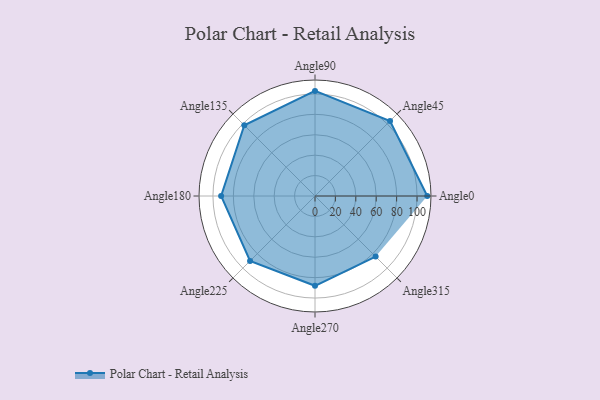
{"axis": {"x": "Angle", "y": "Radius"}, "legend": [""], "data": [{"x": "Angle0", "y": 110.0, "type": ""}, {"x": "Angle45", "y": 104.0, "type": ""}, {"x": "Angle90", "y": 103.0, "type": ""}, {"x": "Angle135", "y": 98.0, "type": ""}, {"x": "Angle180", "y": 92.0, "type": ""}, {"x": "Angle225", "y": 90.0, "type": ""}, {"x": "Angle270", "y": 88.0, "type": ""}, {"x": "Angle315", "y": 84.0, "type": ""}]}